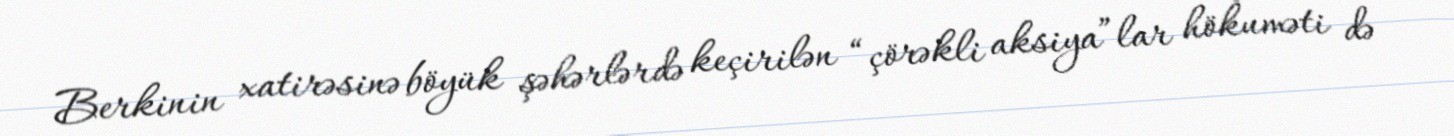
Berkinin xatirəsinə böyük şəhərlərdə keçirilən “çörəkli aksiya”lar hökuməti də